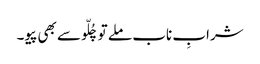
شرابِ ناب ملے تو چُلّو سے بھی پیو۔